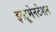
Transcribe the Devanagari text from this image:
इस्ट्रूमेनटेशन